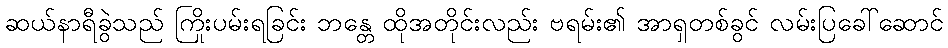
ဆယ်နာရီခွဲသည် ကြိုးပမ်းရခြင်း ဘန္တေ ထိုအတိုင်းလည်း ဗရမ်း၏ အာရှတစ်ခွင် လမ်းပြခေါ်ဆောင်